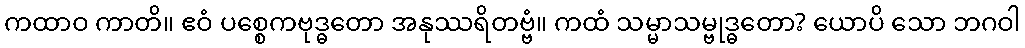
ကထာဝ ကာတိ။ ဧဝံ ပစ္စေကဗုဒ္ဓတော အနုဿရိတဗ္ဗံ။ ကထံ သမ္မာသမ္ဗုဒ္ဓတော? ယောပိ သော ဘဂဝါ